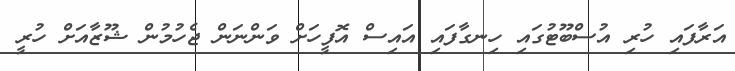
އަރާފައި ހުރި އުސްބޫޓުގައި ހިނގާފައި އައިސް އޮފީހަށް ވަންނަން ޖެހުމުން ޝޫޒާއަށް ހުރީ